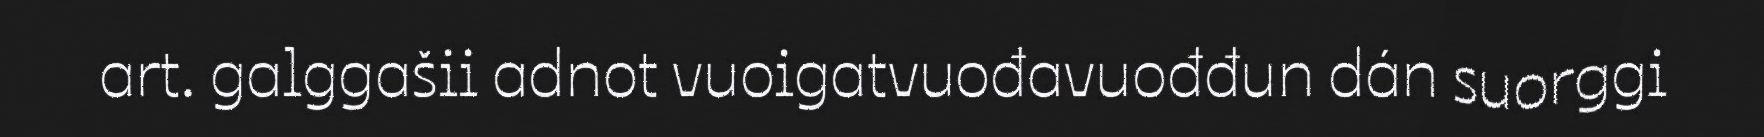
art. galggašii adnot vuoigatvuođavuođđun dán suorggi